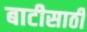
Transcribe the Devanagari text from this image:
बाटीसाठी